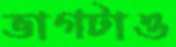
ভাগটাও